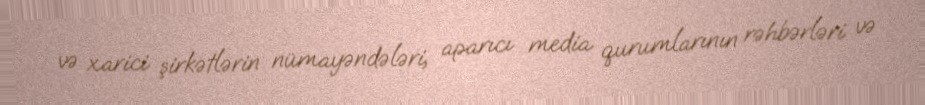
və xarici şirkətlərin nümayəndələri, aparıcı media qurumlarının rəhbərləri və